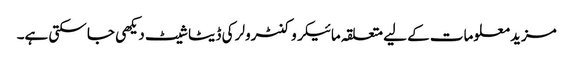
مزید معلومات کے لیے متعلقہ مائیکروکنٹرولر کی ڈیٹا شیٹ دیکھی جا سکتی ہے۔